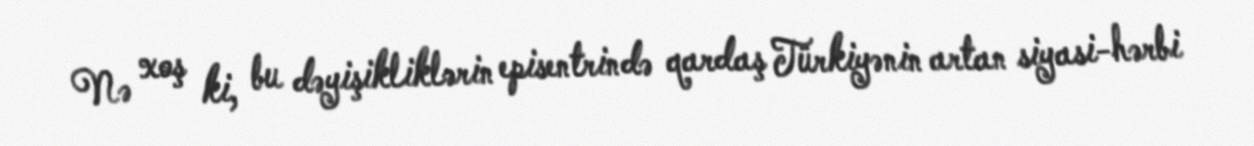
Nə xoş ki, bu dəyişikliklərin episentrində qardaş Türkiyənin artan siyasi-hərbi